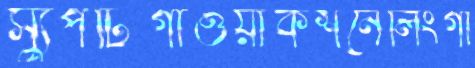
স্যুপটিগাওয়াকশনেলিংগা